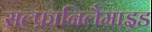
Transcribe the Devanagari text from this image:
सल्फ़ानिलैमाइड